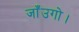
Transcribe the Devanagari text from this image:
जाँउगो।